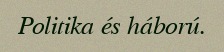
Politika és háború.